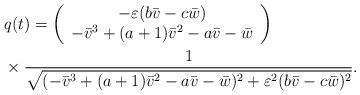
LaTeX: \begin{align*}&q(t)=\left(\begin{array}{c}-\varepsilon(b\bar{v}-c\bar{w})\\-\bar{v}^3+(a+1)\bar{v}^2-a\bar{v}-\bar{w} \end{array} \right)\\&\times\frac{1}{\sqrt{(-\bar{v}^3+(a+1)\bar{v}^2-a\bar{v}-\bar{w})^2+\varepsilon^2(b\bar{v}-c\bar{w})^2}}.\end{align*}